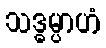
သဒ္ဓမ္ပာဟံ